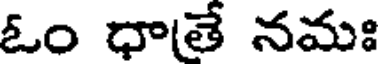
ఓం ధాతే నమః